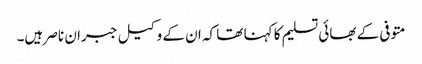
متوفی کے بھائی تسلیم کا کہنا تھا کہ ان کے وکیل جبران ناصر ہیں۔